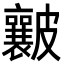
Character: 𥀶